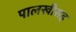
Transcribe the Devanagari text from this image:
पालखीसह